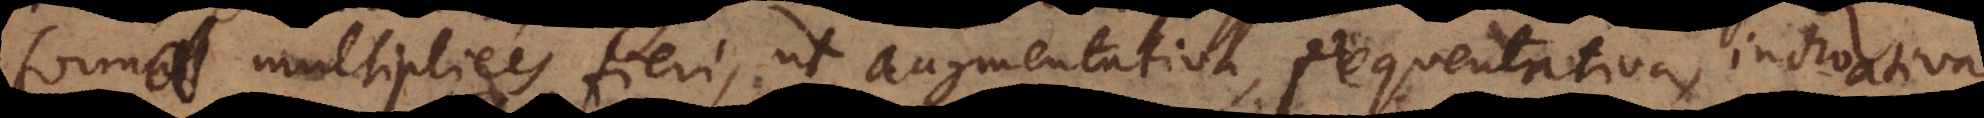
formae multiplices fieri, ut augmentativa, frequentativa, inchoativa,